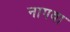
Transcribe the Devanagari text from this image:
नागवा